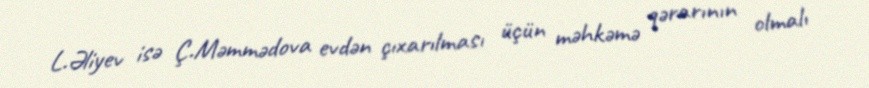
L.Əliyev isə Ç.Məmmədova evdən çıxarılması üçün məhkəmə qərarının olmalı